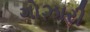
ગોઝારી